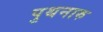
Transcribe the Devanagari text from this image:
पुथनारु